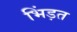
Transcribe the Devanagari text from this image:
भिंड़त